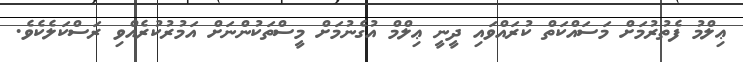
ޢިލްމު ފެތުރުމަށް މަސައްކަތް ކުރައްވައި ދީނީ ޢިލްމް އުގެނުމަށް މީސްތަކުންނަށް އަމުރުކުރެއްވި ރަސްކަލެކެވެ.